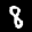
Label: 8